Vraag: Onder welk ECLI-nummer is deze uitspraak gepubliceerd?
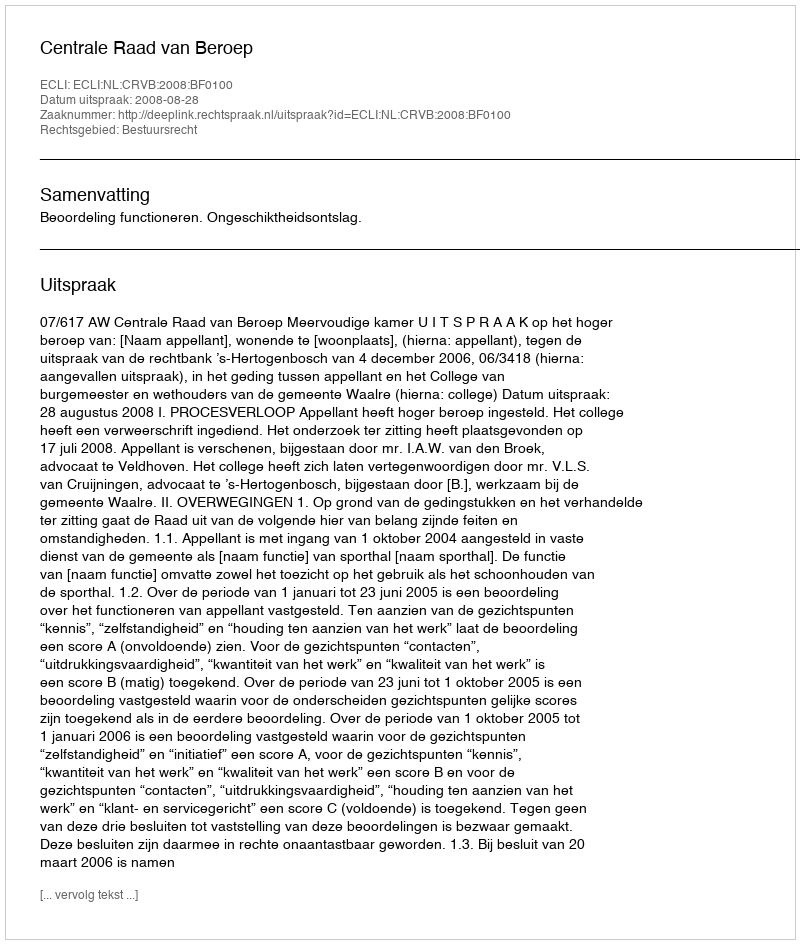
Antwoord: ECLI:NL:CRVB:2008:BF0100